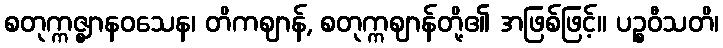
စတုက္ကဇ္ဈာနဝသေန၊ တိကဈာန်, စတုက္ကဈာန်တို့၏ အဖြစ်ဖြင့်။ ပဉ္စဝီသတိ၊